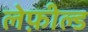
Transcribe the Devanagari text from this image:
लेफ़ील्ड